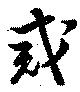
戒